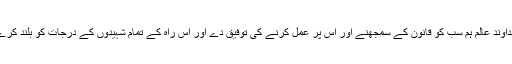
خداوند عالم ہم سب کو قانون کے سمجھنے اور اس پر عمل کرنے کی توفیق دے اور اس راہ کے تمام شہیدوں کے درجات کو بلند کرے۔